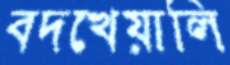
বদখেয়ালি